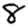
Digit: 8